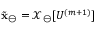
\tilde { \mathbf { x } } _ { \ominus } = \boldsymbol { \mathcal { X } } _ { \ominus } [ U ^ { ( m + 1 ) } ]